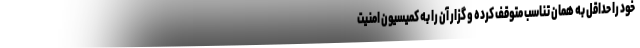
خود را حداقل به همان تناسب متوقف کرده و گزار آن را به کمیسیون امنیت